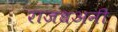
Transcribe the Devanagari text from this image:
राजधअनी